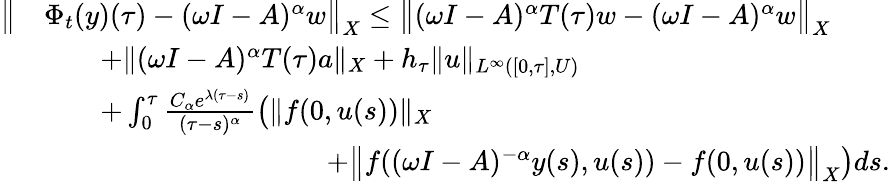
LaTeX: \begin{array}{rl}{\big\| }&{\Phi_{t}(y)(\tau)-(\omega I-A)^{\alpha}w\big\| _{X}\leq\big\| (\omega I-A)^{\alpha}T(\tau)w-(\omega I-A)^{\alpha}w\big\| _{X}}\\ &{\qquad+\| (\omega I-A)^{\alpha}T(\tau)a\| _{X}+h_{\tau}\| u\| _{L^{\infty}([0,\tau],U)}}\\ &{\qquad+\int_{0}^{\tau}\frac{C_{\alpha}e^{\lambda(\tau-s)}}{(\tau-s)^{\alpha}}\big(\| f(0,u(s))\| _{X}}\\ &{\qquad\qquad\qquad\qquad\qquad+\big\| f((\omega I-A)^{-\alpha}y(s),u(s))-f(0,u(s))\big\| _{X}\big)ds.}\end{array}